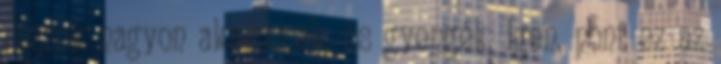
részek nagyon akadoznak, és gyengék. Igen, pont ez az